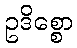
ဥဒိစ္စော